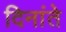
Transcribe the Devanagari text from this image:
दिनांते